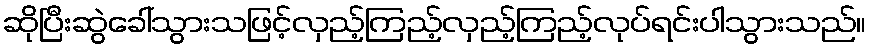
ဆိုပြီးဆွဲခေါ်သွားသဖြင့်လှည့်ကြည့်လှည့်ကြည့်လုပ်ရင်းပါသွားသည်။